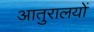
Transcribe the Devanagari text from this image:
आतुरालयों